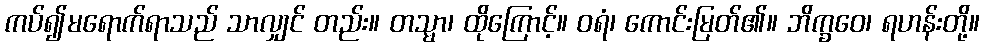
ကပ်၍မရောက်ရာသည် သာလျှင် တည်း။ တသ္မာ၊ ထိုကြောင့်။ ဝရံ၊ ကောင်းမြတ်၏။ ဘိက္ခဝေ၊ ရဟန်းတို့။